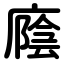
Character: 廕